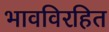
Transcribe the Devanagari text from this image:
भावविरहित